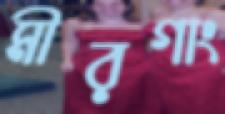
মীরগাং